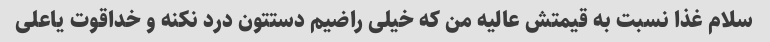
سلام غذا نسبت به قیمتش عالیه من که خیلی راضیم دستتون درد نکنه و خداقوت یاعلی